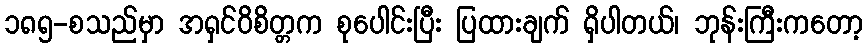
၁၈၅-စသည်မှာ အရှင်ဝိစိတ္တက စုပေါင်းပြီး ပြထားချက် ရှိပါတယ်၊ ဘုန်းကြီးကတော့